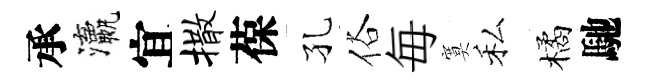
承瀛宜撒葆孔俗毎寞私橘馳